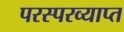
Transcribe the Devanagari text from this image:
परस्परव्याप्त